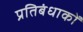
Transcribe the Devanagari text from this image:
प्रतिबंधाकों